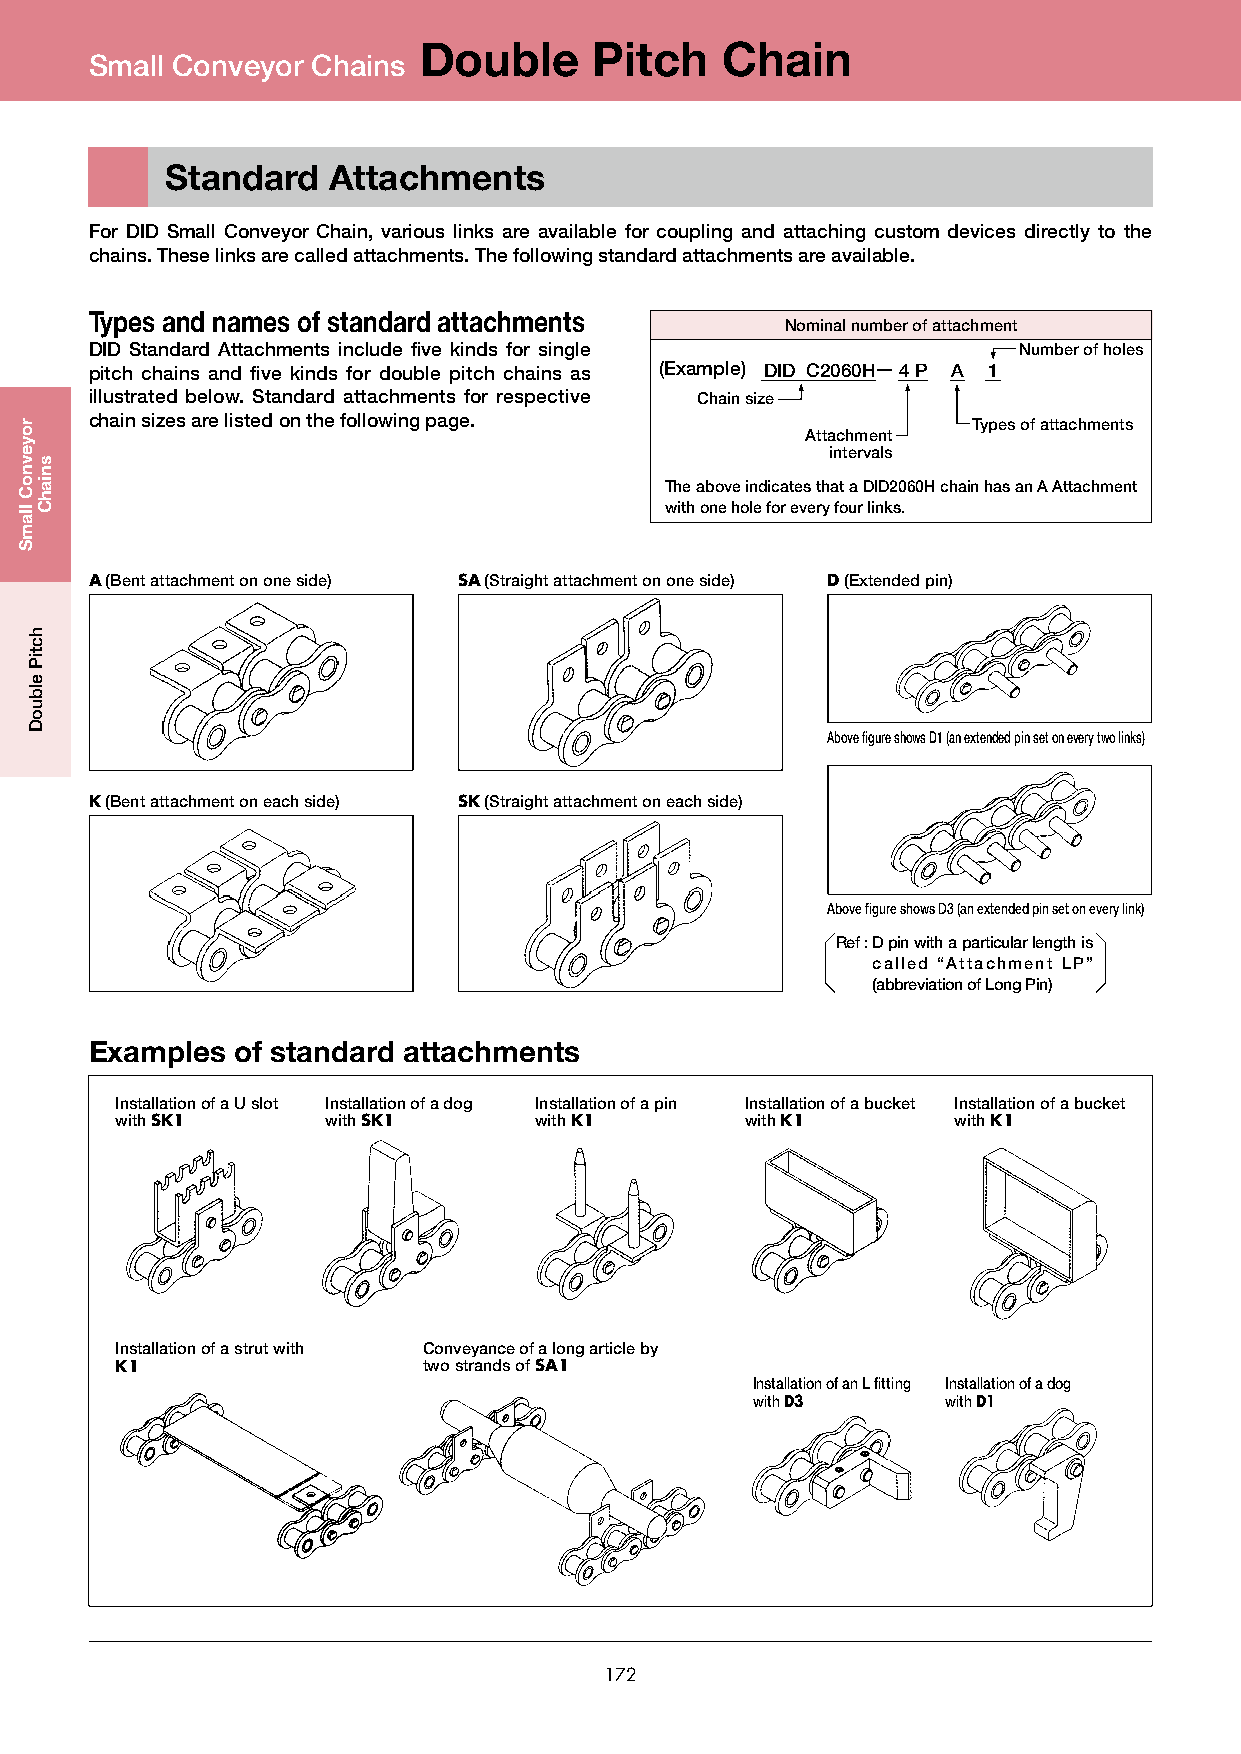
Double     Pitch    Chain
 Small Conveyor Chains
 Standard   Attachments
 For DID Small Conveyor Chain, various links are available for coupling and attaching custom devices directly to the
 chains. These links are called attachments. The following standard attachments are available.
 Types and names of standard attachments
 Nominal number of attachment
 DID Standard Attachments include five kinds for single       Number of holes
 pitch chains and five kinds for double pitch chains as (Example) DID C2060H−4 P A 1
 illustrated below. Standard attachments for respective Chain size
 chain sizes are listed on the following page.             Types of attachments
 Attachment
 intervals
 The above indicates that a DID2060H chain has an A Attachment
 with one hole for every four links.
 A (Bent attachment on one side) SA (Straight attachment on one side) D (Extended pin)
 Above figure shows D1 (an extended pin set on every two links)
 K (Bent attachment on each side) SK (Straight attachment on each side)
 Above figure shows D3 (an extended pin set on every link)
 Ref : D pin with a particular length is
 called “Attachment LP”
 (abbreviation of Long Pin)
 Examples of standard attachments
 Installation of a U slot Installation of a dog Installation of a pin Installation of a bucket Installation of a bucket
 with SK1      with SK1     with K1       with K1       with K1
 Installation of a strut with Conveyance of a long article by
 K1                  two strands of SA1
 Installation of an L fitting Installation of a dog
 with D3      with D1
 172
 royevnoC
 llamS
 hctiP
 elbuoD
 sniahC